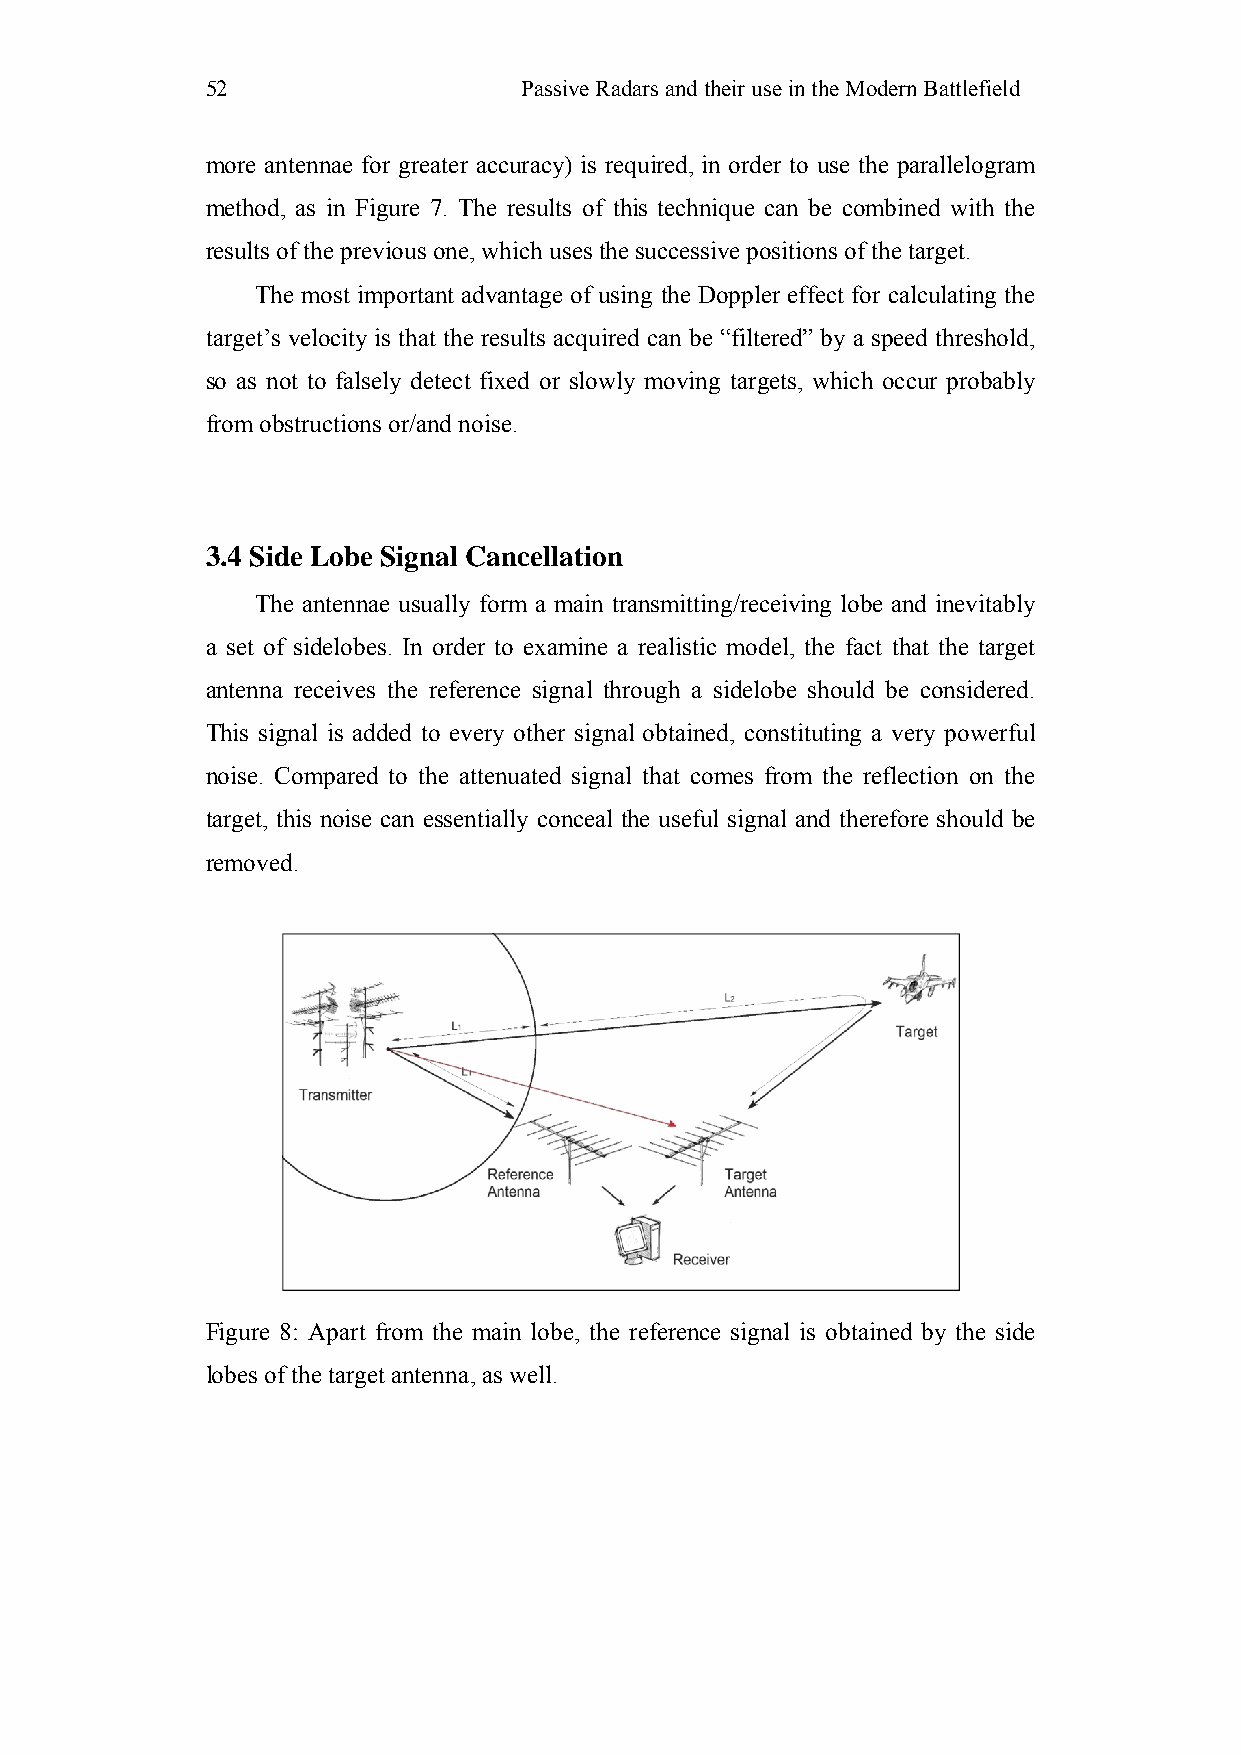
52                  Passive Radars and their use in the Modern Battlefield
 more antennae for greater accuracy) is required, in order to use the parallelogram
 method, as in Figure 7. The results of this technique can be combined with the
 results of the previous one, which uses the successive positions of the target.
 The most important advantage of using the Doppler effect for calculating the
 target’s velocity is that the results acquired can be “filtered” by a speed threshold,
 so as not to falsely detect fixed or slowly moving targets, which occur probably
 from obstructions or/and noise.
 3.4 Side Lobe Signal Cancellation
 The antennae usually form a main transmitting/receiving lobe and inevitably
 a set of sidelobes. In order to examine a realistic model, the fact that the target
 antenna receives the reference signal through a sidelobe should be considered.
 This signal is added to every other signal obtained, constituting a very powerful
 noise. Compared to the attenuated signal that comes from the reflection on the
 target, this noise can essentially conceal the useful signal and therefore should be
 removed.
 Figure 8: Apart from the main lobe, the reference signal is obtained by the side
 lobes of the target antenna, as well.